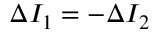
\Delta I _ { 1 } = - \Delta I _ { 2 }